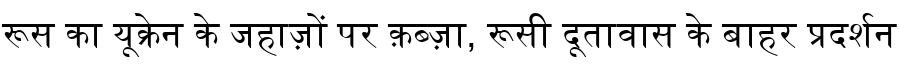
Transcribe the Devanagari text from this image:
रूस का यूक्रेन के जहाज़ों पर क़ब्ज़ा, रूसी दूतावास के बाहर प्रदर्शन